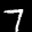
Label: 7